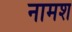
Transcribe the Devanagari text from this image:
नामश